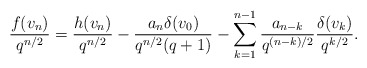
\begin{align*}\frac{f(v_n)}{q^{n/2}}=\frac{h(v_n)}{q^{n/2}}-\frac{a_n\delta(v_0)}{q^{n/2}(q+1)}-\sum_{k=1}^{n-1}\frac{a_{n-k}}{q^{{(n-k)}/2}}\frac{\delta(v_{k})}{q^{k/2}}.\end{align*}